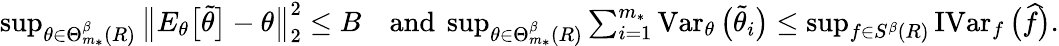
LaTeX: \begin{array}{r}{\operatorname*{sup}_{\theta\in\Theta_{m_{*}}^{\beta}(R)}\big\| E_{\theta}\big[\widetilde\theta\big]-\theta\big\| _{2}^{2}\leq B\quad\mathrm{and}\ \operatorname*{sup}_{\theta\in\Theta_{m_{*}}^{\beta}(R)}\sum_{i=1}^{m_{*}}\operatorname{Var}_{\theta}\big(\widetilde\theta_{i}\big)\leq\operatorname*{sup}_{f\in S^{\beta}(R)}\operatorname{IVar}_{f}\big(\widehat f\big).}\end{array}